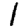
Digit: 1